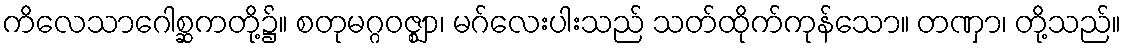
ကိလေသာဂေါစ္ဆကတို့၌။ စတုမဂ္ဂဝဇ္ဈာ၊ မဂ်လေးပါးသည် သတ်ထိုက်ကုန်သော။ တဏှာ၊ တို့သည်။